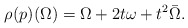
\begin{align*}\rho(p) (\Omega) = \Omega+ 2t \omega + t^2 \bar\Omega.\end{align*}